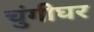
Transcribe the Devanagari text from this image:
चुंगीघर